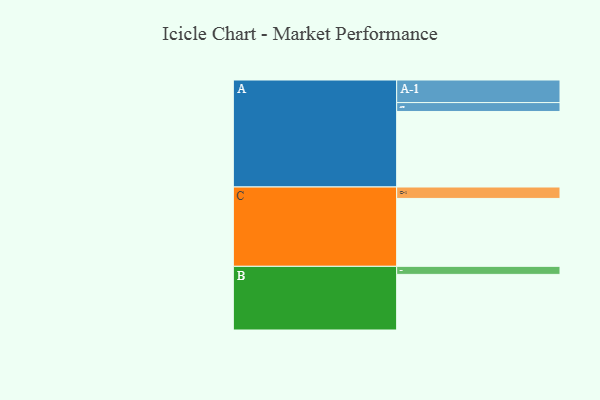
{"axis": {"x": "Segment", "y": "Value"}, "legend": ["", "A", "B", "C"], "data": [{"x": "A", "y": 535, "type": ""}, {"x": "B", "y": 394, "type": ""}, {"x": "C", "y": 481, "type": ""}, {"x": "A-1", "y": 160, "type": "A"}, {"x": "A-2", "y": 63, "type": "A"}, {"x": "B-1", "y": 57, "type": "B"}, {"x": "C-1", "y": 81, "type": "C"}]}